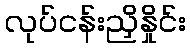
လုပ်ငန်းညှိနှိုင်း